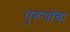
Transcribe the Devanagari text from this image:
पुरूषांचा